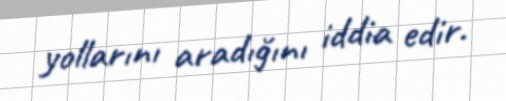
yollarını aradığını iddia edir.